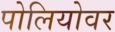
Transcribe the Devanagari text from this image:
पोलियोवर